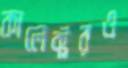
কালেক্টরও